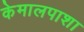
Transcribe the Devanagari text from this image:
केमालपाशा